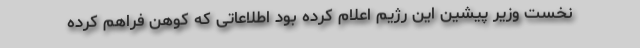
نخست وزیر پیشین این رژیم اعلام کرده بود اطلاعاتی که کوهن فراهم کرده